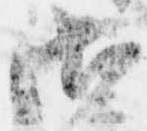
御